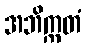
အဘိက္ကတံ